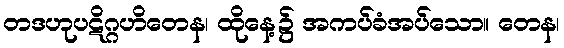
တဒဟုပဋိဂ္ဂဟိတေန၊ ထိုနေ့၌ အကပ်ခံအပ်သော။ တေန၊